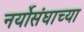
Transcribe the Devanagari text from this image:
नर्योसंघाच्या